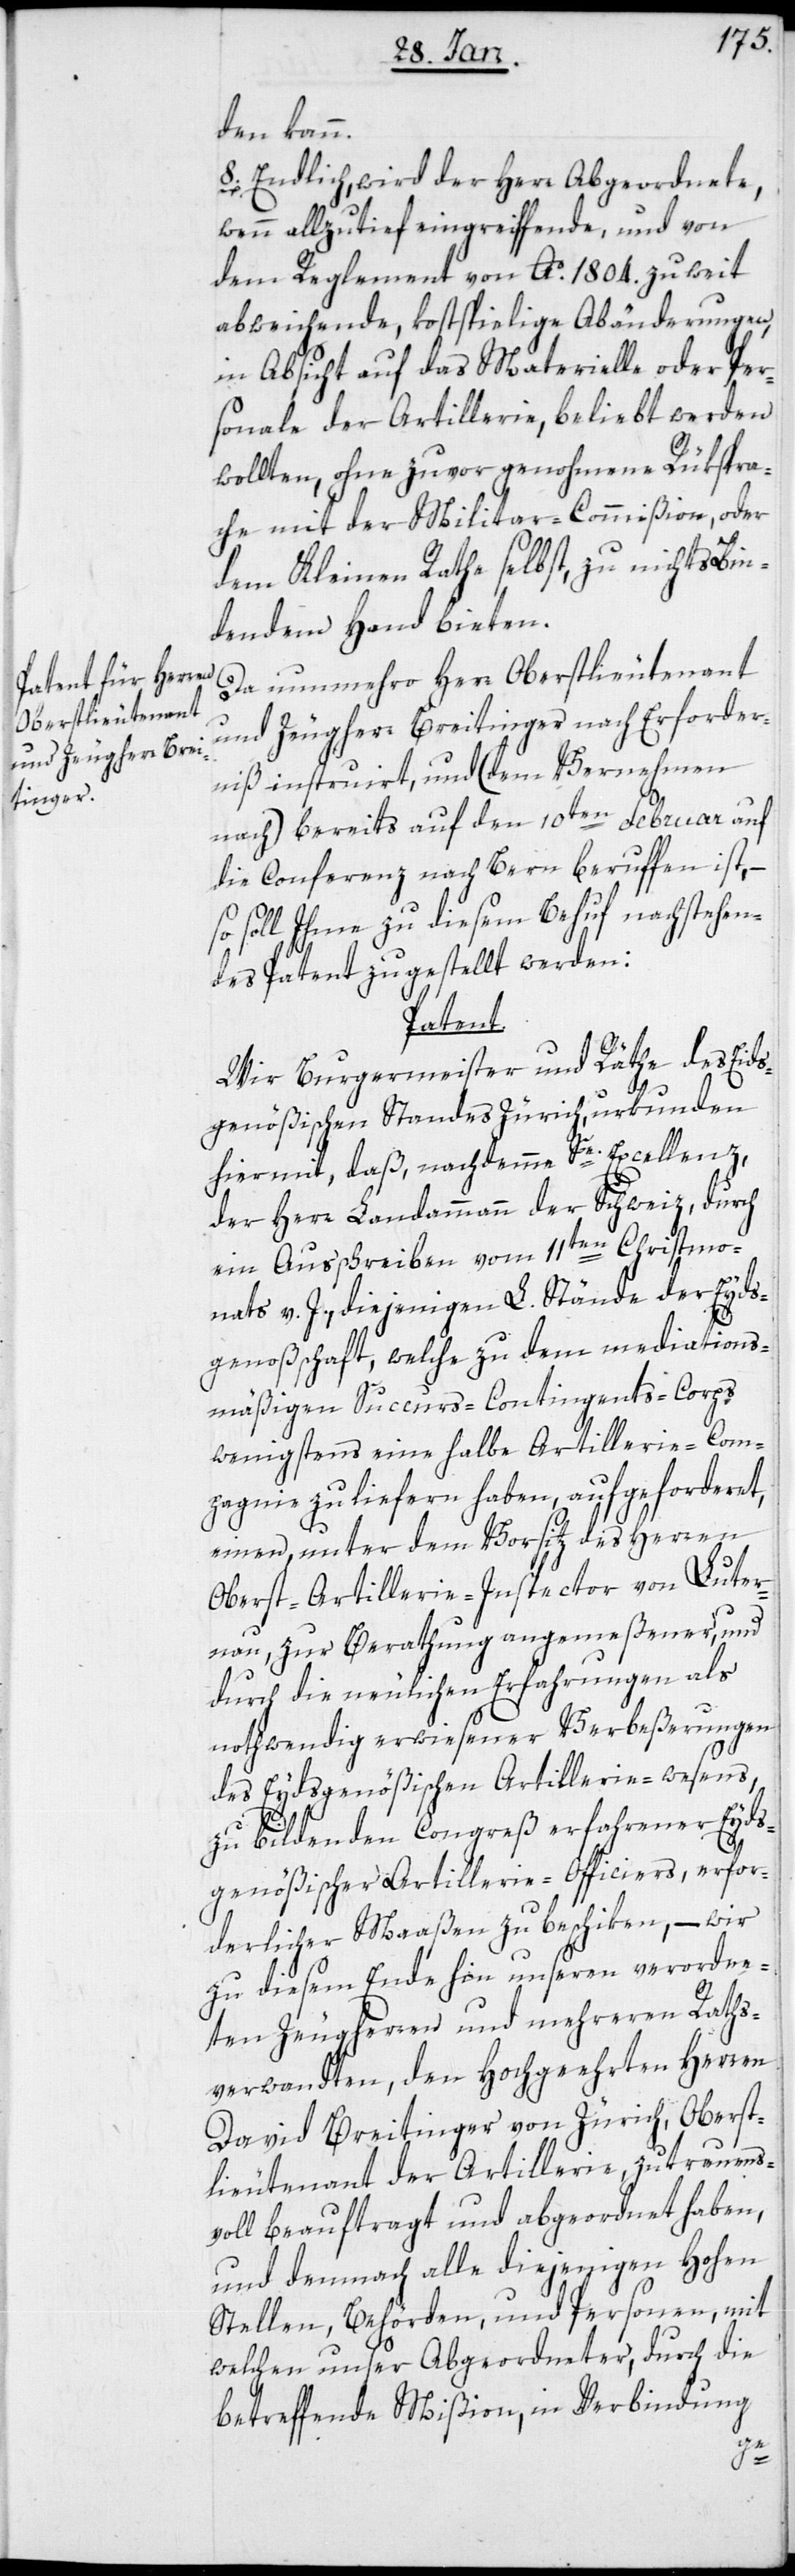
den kann.
8. Endlich, wird der Herr Abgeordnete,
wenn allzutief eingreiffende, und von
dem Reglement von Ao. 1804. zu weit
abweichende, kostspielige Abänderungen,
in Absicht auf das Materielle oder Per¬
sonale der Artillerie, beliebt werden
wollten, ohne zuvor genohmene Rükspra¬
che mit der Militar-Commißion, oder
dem Kleinen Rathe selbst, zu nichts bin¬
dendem Hand bieten.
Da nunmehro Herr Oberstlieutenant
und Zeugherr Breitinger nach Erforder¬
niß instruiert, und (dem Vernehmen
nach) bereits auf den 10ten Februar auf
die Conferenz nach Bern berufen ist, –
so soll ihme zu diesem Behuf nachstehen¬
des Patent zugestellt werden:
Patent.
Wir Burgermeister und Räthe des Eids¬
genößischen Standes Zürich, urkunden
hiermit, daß, nachdemme Se. Excellenz,
der Herr Landammann der Schweiz, durch
ein Ausschreiben vom 11ten Christmo¬
nats v. J., diejenigen L. Stände der Eyds¬
genoßenschaft, welche zu dem mediations¬
mäßigen Succurs-Contingents-Corps
wenigstens eine halbe Artillerie-Com¬
pagnie zu liefern haben, aufgeforderet,
einen, unter dem Vorsitz des Herren
Oberst-Artillerie-Inspector von Luter¬
nau, zur Berathung angemeßener, und
durch die neulichen Erfahrungen als
nothwendig erwiesener Verbeßerungen
des Eydsgenößischen Artillerie-wesens,
zu bildenden Congreß erfahrener Eyds¬
genößischer Artillerie-Officiers, erfor¬
derlicher Maaßen zu beschiken, – wir
zu diesem Ende hin unseren verordne¬
ten Zeugherren und mehreren Raths¬
verwandten, den Hochgeehrten Herren
David Breitinger von Zürich, Oberst¬
lieutenant der Artillerie, zutrauens¬
voll beauftragt und abgeordnet haben,
und demnach alle diejenigen Hohen
Stellen, Behörden und Personen, mit
welchen unser Abgeordneter, durch die
betreffende Mißion, in Verbindung